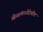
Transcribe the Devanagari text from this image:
खेळांमध्येदेखील